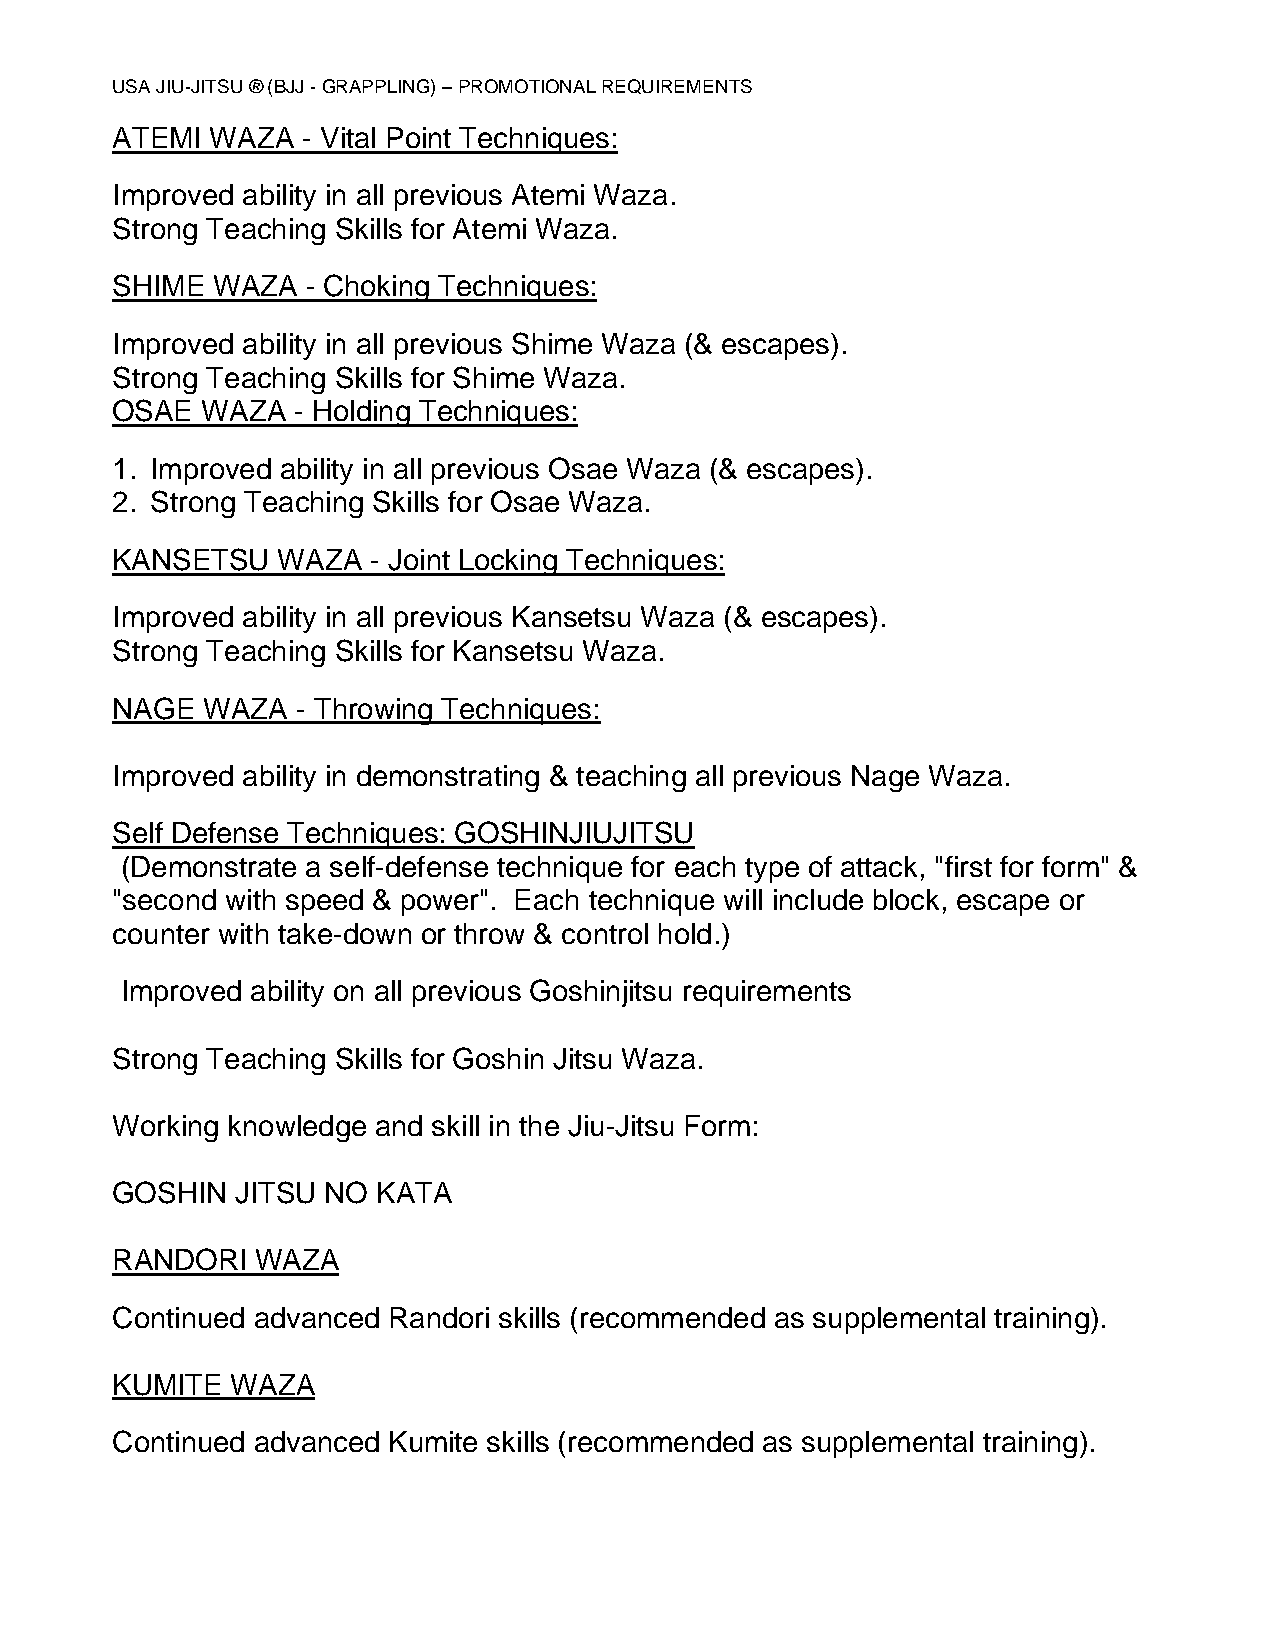
USA JIU-JITSU ® (BJJ - GRAPPLING) – PROMOTIONAL REQUIREMENTS
 ATEMI  WAZA  - Vital Point Techniques:
 Improved ability in all previous Atemi Waza.
 Strong Teaching Skills for Atemi Waza.
 SHIME  WAZA  - Choking Techniques:
 Improved ability in all previous Shime Waza (& escapes).
 Strong Teaching Skills for Shime Waza.
 OSAE  WAZA  - Holding Techniques:
 1. Improved ability in all previous Osae Waza (& escapes).
 2. Strong Teaching Skills for Osae Waza.
 KANSETSU   WAZA   - Joint Locking Techniques:
 Improved ability in all previous Kansetsu Waza (& escapes).
 Strong Teaching Skills for Kansetsu Waza.
 NAGE  WAZA   - Throwing Techniques:
 Improved ability in demonstrating & teaching all previous Nage Waza.
 Self Defense Techniques: GOSHINJIUJITSU
 (Demonstrate a self-defense technique for each type of attack, "first for form" &
 "second with speed & power". Each technique will include block, escape or
 counter with take-down or throw & control hold.)
 Improved ability on all previous Goshinjitsu requirements
 Strong Teaching Skills for Goshin Jitsu Waza.
 Working knowledge and skill in the Jiu-Jitsu Form:
 GOSHIN   JITSU NO KATA
 RANDORI   WAZA
 Continued advanced Randori skills (recommended as supplemental training).
 KUMITE  WAZA
 Continued advanced Kumite skills (recommended as supplemental training).